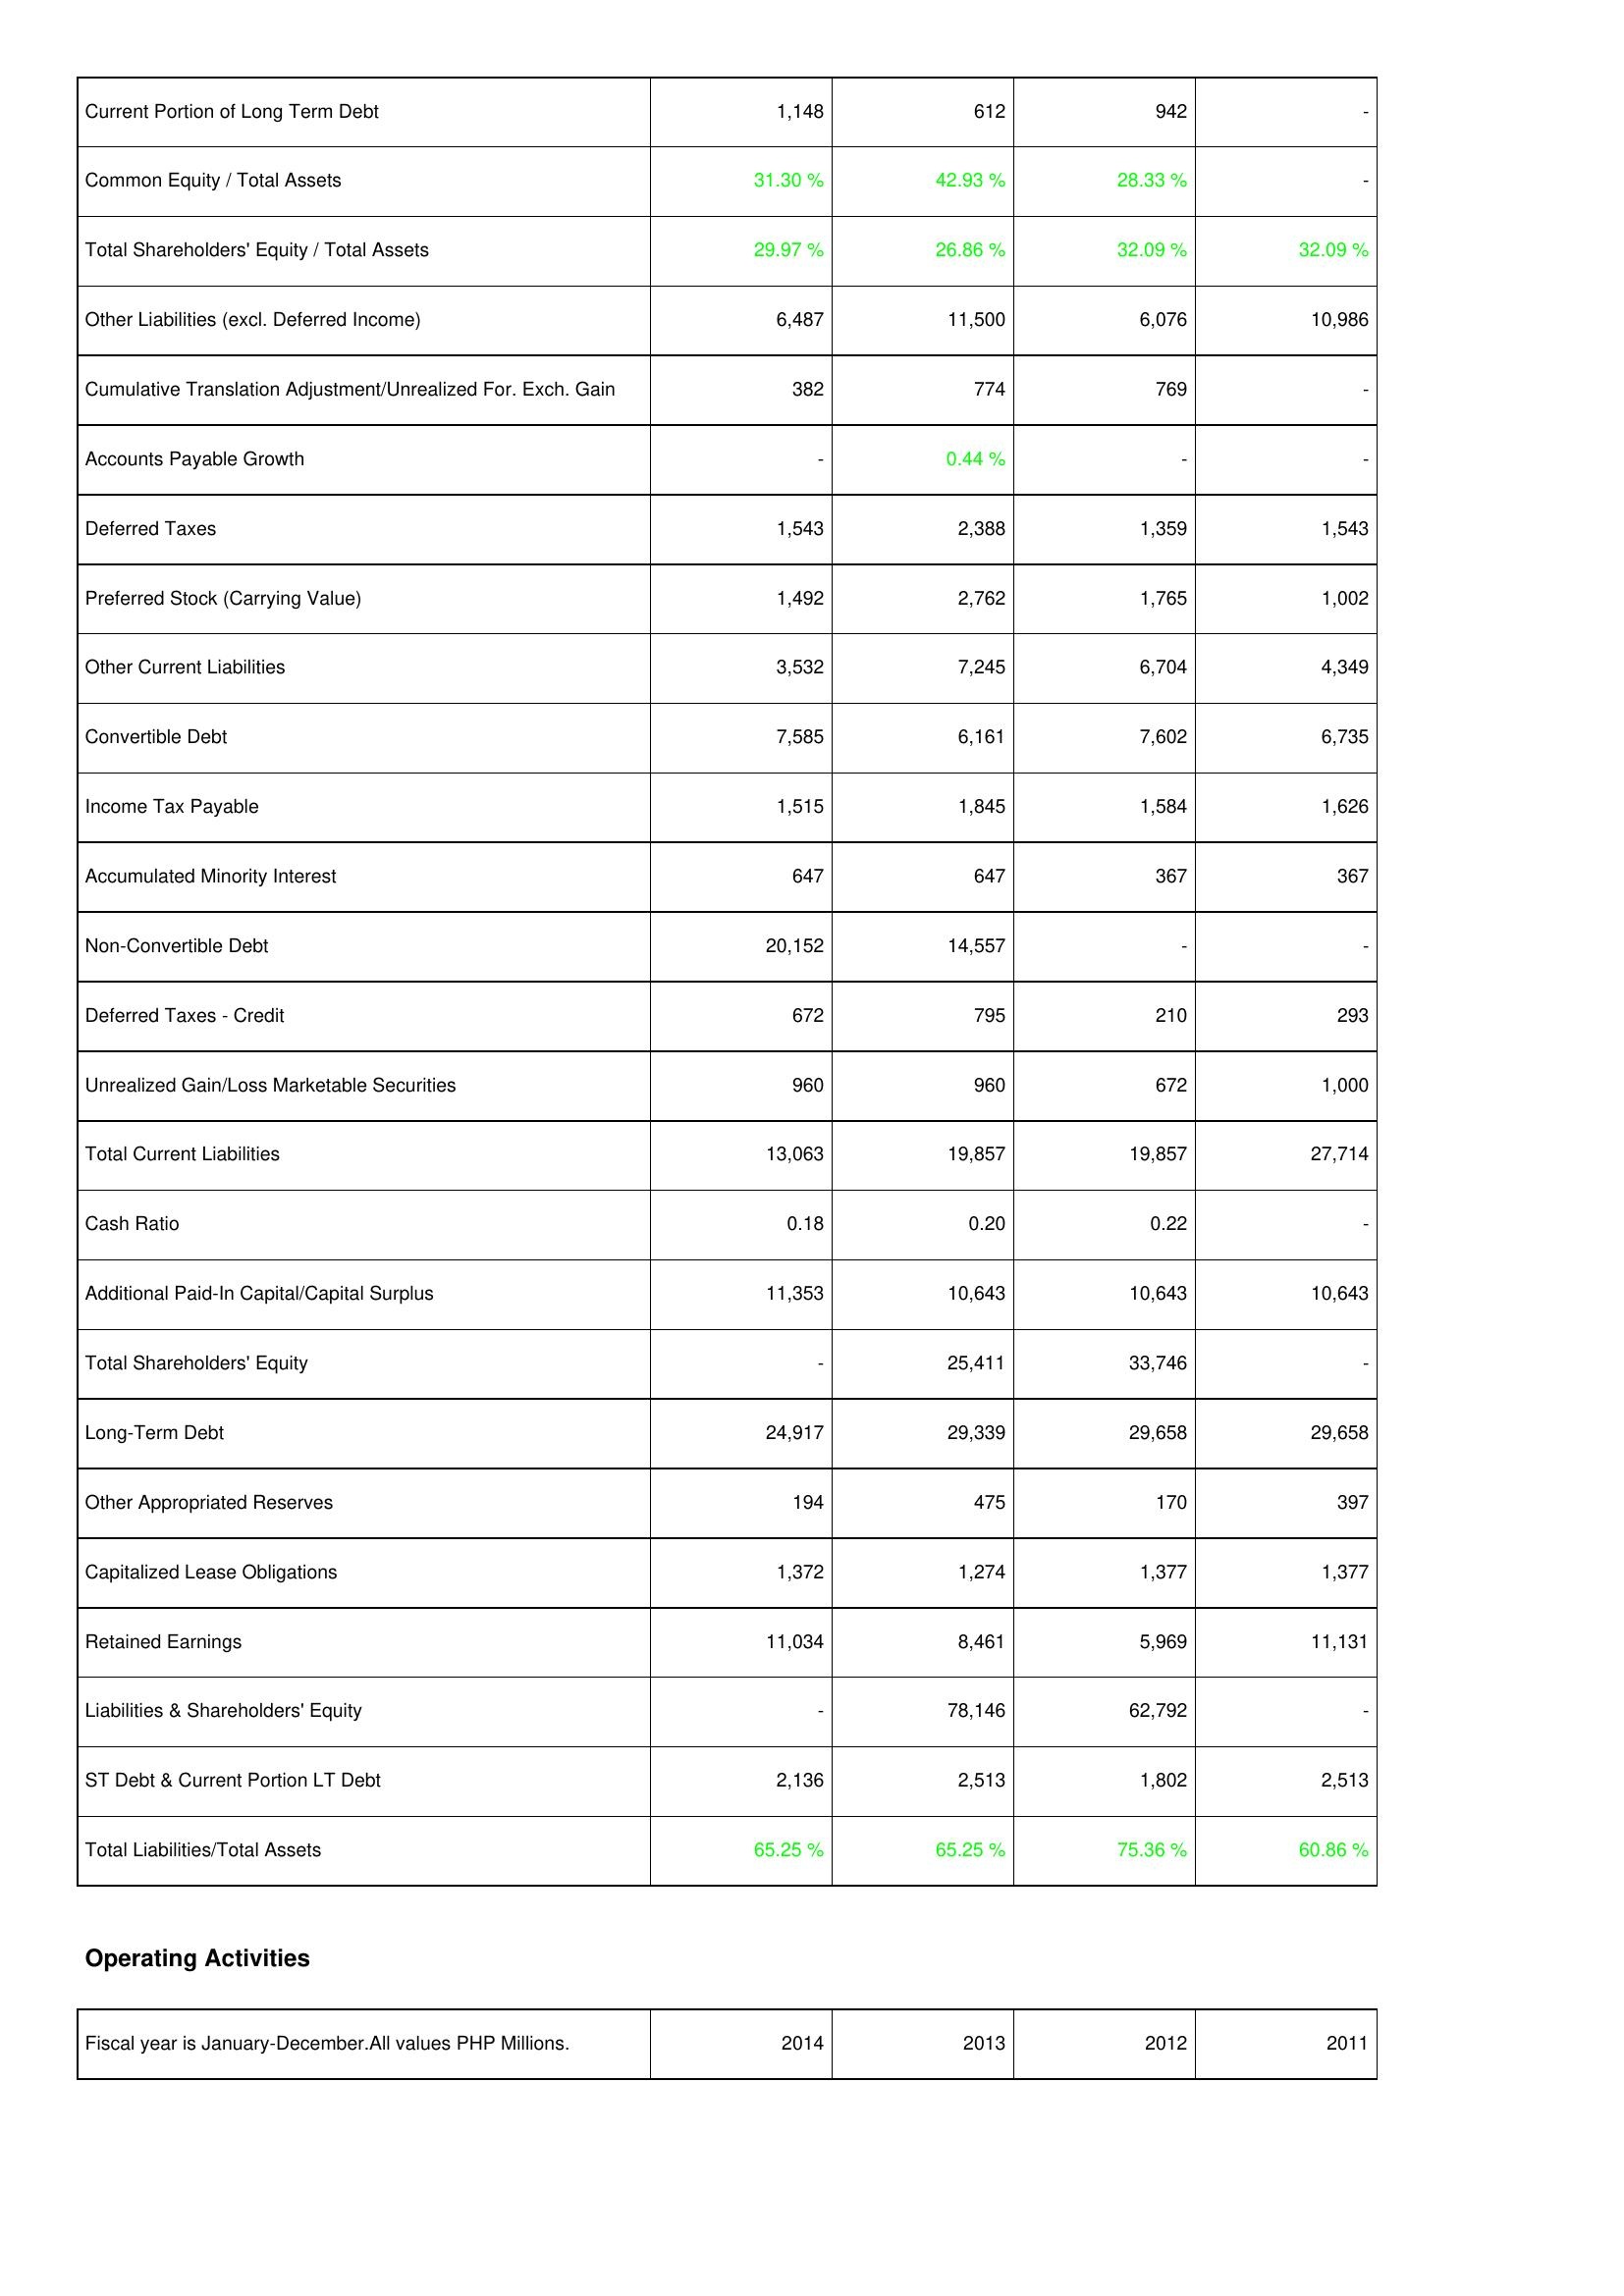
2014: Liabilities & Shareholders' Equity: Current Portion of Long Term Debt: 1,148
Common Equity / Total Assets: 31.30 %
Total Shareholders' Equity / Total Assets: 29.97 %
Other Liabilities (excl. Deferred Income): 6,487
Cumulative Translation Adjustment/Unrealized For. Exch. Gain: 382
Accounts Payable Growth: -
Deferred Taxes: 1,543
Preferred Stock (Carrying Value): 1,492
Other Current Liabilities: 3,532
Convertible Debt: 7,585
Income Tax Payable: 1,515
Accumulated Minority Interest: 647
Non-Convertible Debt: 20,152
Deferred Taxes - Credit: 672
Unrealized Gain/Loss Marketable Securities: 960
Total Current Liabilities: 13,063
Cash Ratio: 0.18
Additional Paid-In Capital/Capital Surplus: 11,353
Total Shareholders' Equity: -
Long-Term Debt: 24,917
Other Appropriated Reserves: 194
Capitalized Lease Obligations: 1,372
Retained Earnings: 11,034
Liabilities & Shareholders' Equity: -
ST Debt & Current Portion LT Debt: 2,136
Total Liabilities/Total Assets: 65.25 %
2013: Liabilities & Shareholders' Equity: Current Portion of Long Term Debt: 612
Common Equity / Total Assets: 42.93 %
Total Shareholders' Equity / Total Assets: 26.86 %
Other Liabilities (excl. Deferred Income): 11,500
Cumulative Translation Adjustment/Unrealized For. Exch. Gain: 774
Accounts Payable Growth: 0.44 %
Deferred Taxes: 2,388
Preferred Stock (Carrying Value): 2,762
Other Current Liabilities: 7,245
Convertible Debt: 6,161
Income Tax Payable: 1,845
Accumulated Minority Interest: 647
Non-Convertible Debt: 14,557
Deferred Taxes - Credit: 795
Unrealized Gain/Loss Marketable Securities: 960
Total Current Liabilities: 19,857
Cash Ratio: 0.20
Additional Paid-In Capital/Capital Surplus: 10,643
Total Shareholders' Equity: 25,411
Long-Term Debt: 29,339
Other Appropriated Reserves: 475
Capitalized Lease Obligations: 1,274
Retained Earnings: 8,461
Liabilities & Shareholders' Equity: 78,146
ST Debt & Current Portion LT Debt: 2,513
Total Liabilities/Total Assets: 65.25 %
2012: Liabilities & Shareholders' Equity: Current Portion of Long Term Debt: 942
Common Equity / Total Assets: 28.33 %
Total Shareholders' Equity / Total Assets: 32.09 %
Other Liabilities (excl. Deferred Income): 6,076
Cumulative Translation Adjustment/Unrealized For. Exch. Gain: 769
Accounts Payable Growth: -
Deferred Taxes: 1,359
Preferred Stock (Carrying Value): 1,765
Other Current Liabilities: 6,704
Convertible Debt: 7,602
Income Tax Payable: 1,584
Accumulated Minority Interest: 367
Non-Convertible Debt: -
Deferred Taxes - Credit: 210
Unrealized Gain/Loss Marketable Securities: 672
Total Current Liabilities: 19,857
Cash Ratio: 0.22
Additional Paid-In Capital/Capital Surplus: 10,643
Total Shareholders' Equity: 33,746
Long-Term Debt: 29,658
Other Appropriated Reserves: 170
Capitalized Lease Obligations: 1,377
Retained Earnings: 5,969
Liabilities & Shareholders' Equity: 62,792
ST Debt & Current Portion LT Debt: 1,802
Total Liabilities/Total Assets: 75.36 %
2011: Liabilities & Shareholders' Equity: Current Portion of Long Term Debt: -
Common Equity / Total Assets: -
Total Shareholders' Equity / Total Assets: 32.09 %
Other Liabilities (excl. Deferred Income): 10,986
Cumulative Translation Adjustment/Unrealized For. Exch. Gain: -
Accounts Payable Growth: -
Deferred Taxes: 1,543
Preferred Stock (Carrying Value): 1,002
Other Current Liabilities: 4,349
Convertible Debt: 6,735
Income Tax Payable: 1,626
Accumulated Minority Interest: 367
Non-Convertible Debt: -
Deferred Taxes - Credit: 293
Unrealized Gain/Loss Marketable Securities: 1,000
Total Current Liabilities: 27,714
Cash Ratio: -
Additional Paid-In Capital/Capital Surplus: 10,643
Total Shareholders' Equity: -
Long-Term Debt: 29,658
Other Appropriated Reserves: 397
Capitalized Lease Obligations: 1,377
Retained Earnings: 11,131
Liabilities & Shareholders' Equity: -
ST Debt & Current Portion LT Debt: 2,513
Total Liabilities/Total Assets: 60.86 %